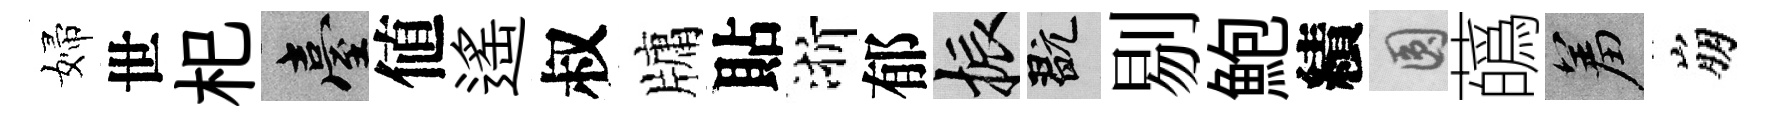
婦世𣏌臺値遥叔牗貼浙郁振玩剔鮑績圓蘤羞崩